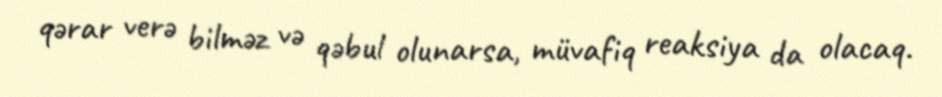
qərar verə bilməz və qəbul olunarsa, müvafiq reaksiya da olacaq.